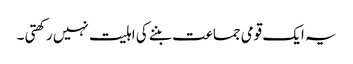
یہ ایک قومی جماعت بننے کی اہلیت نہیں رکھتی ۔